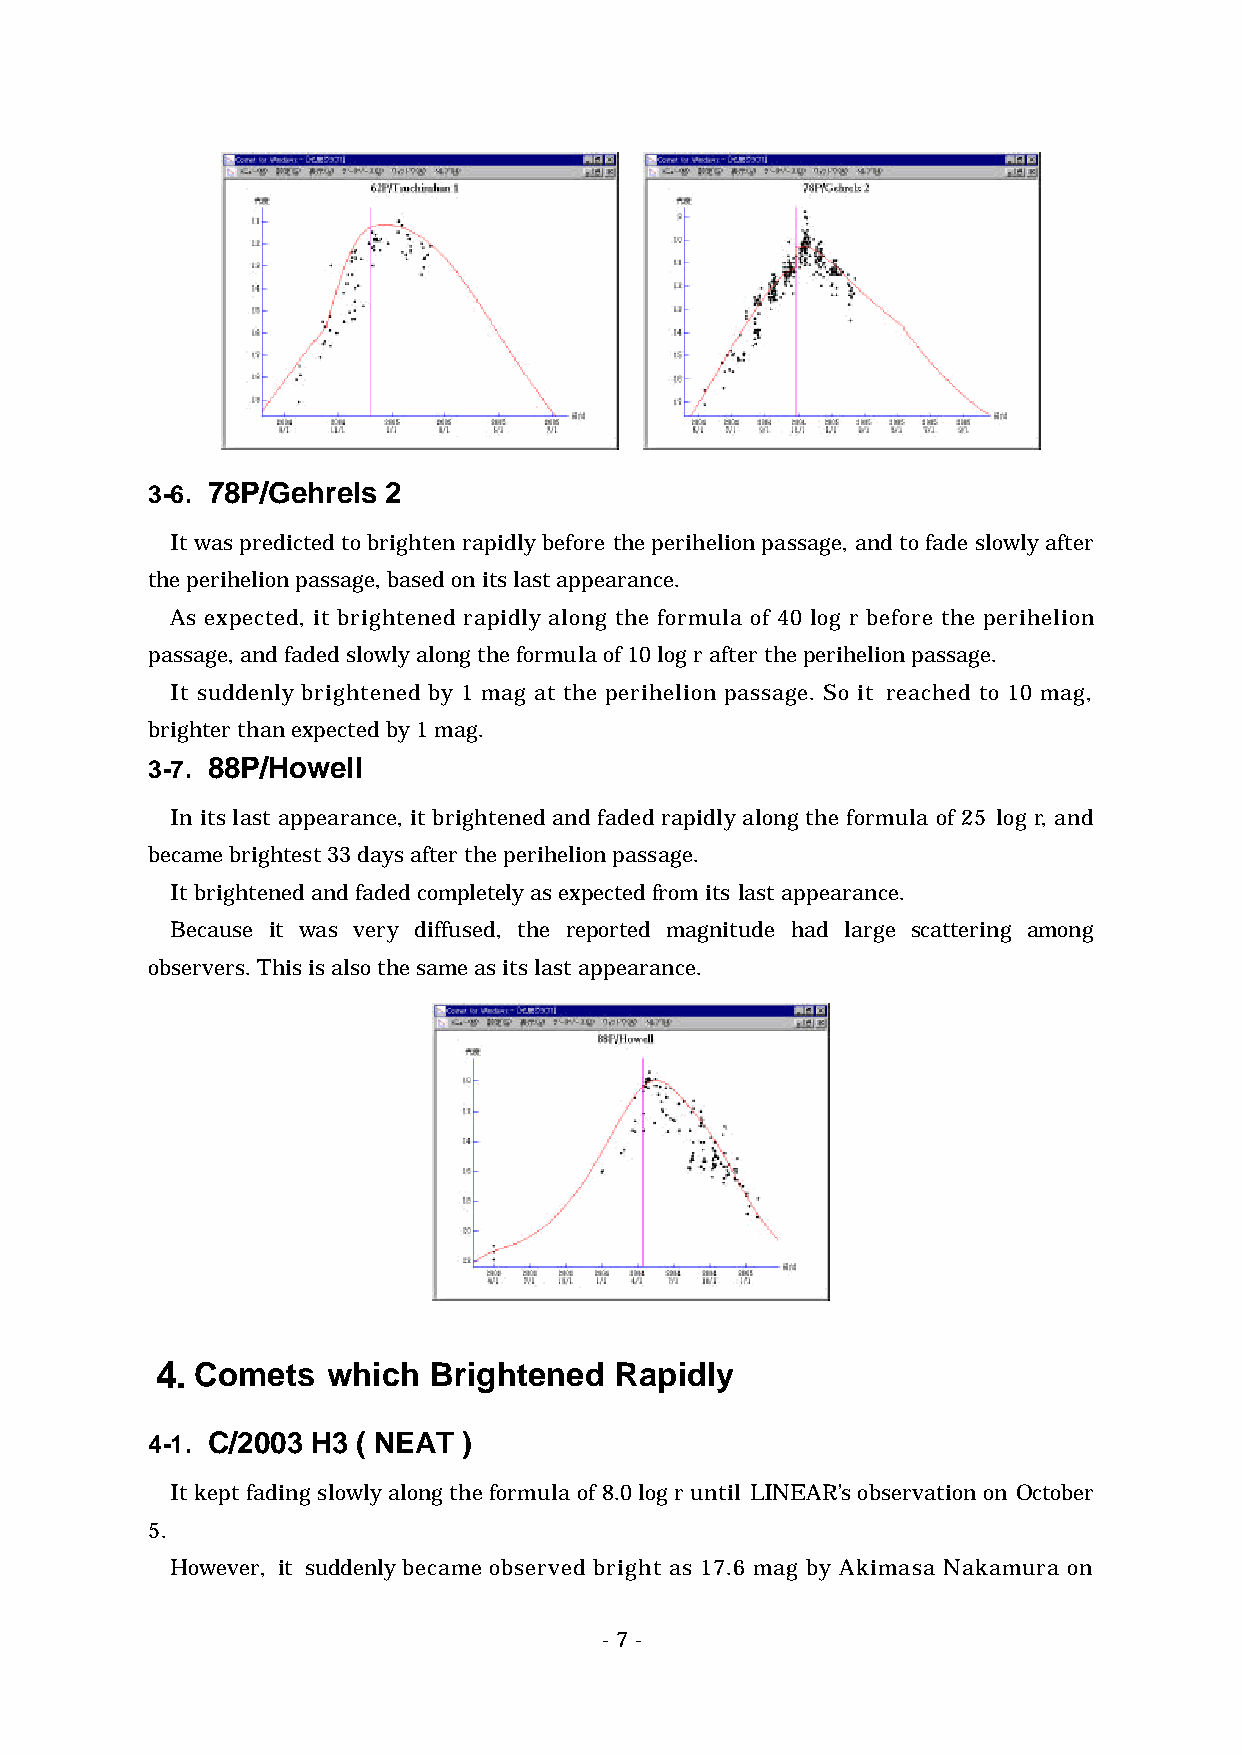
3-6. 78P/Gehrels 2
 It was predicted to brighten rapidly before the perihelion passage, and to fade slowly after
 the perihelion passage, based on its last appearance.
 As expected, it brightened rapidly along the formula of 40 log r before the perihelion
 passage, and faded slowly along the formula of 10 log r after the perihelion passage.
 It suddenly brightened by 1 mag at the perihelion passage. So it reached to 10 mag,
 brighter than expected by 1 mag.
 3-7. 88P/Howell
 In its last appearance, it brightened and faded rapidly along the formula of 25 log r, and
 became brightest 33 days after the perihelion passage.
 It brightened and faded completely as expected from its last appearance.
 Because it was very diffused, the reported magnitude had large scattering among
 observers. This is also the same as its last appearance.
 4. Comets   which Brightened   Rapidly
 4-1. C/2003 H3 ( NEAT )
 It kept fading slowly along the formula of 8.0 log r until LINEAR’s observation on October
 5.
 However, it suddenly became observed bright as 17.6 mag by Akimasa Nakamura on
 - 7 -